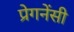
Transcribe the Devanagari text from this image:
प्रेगनेंसी